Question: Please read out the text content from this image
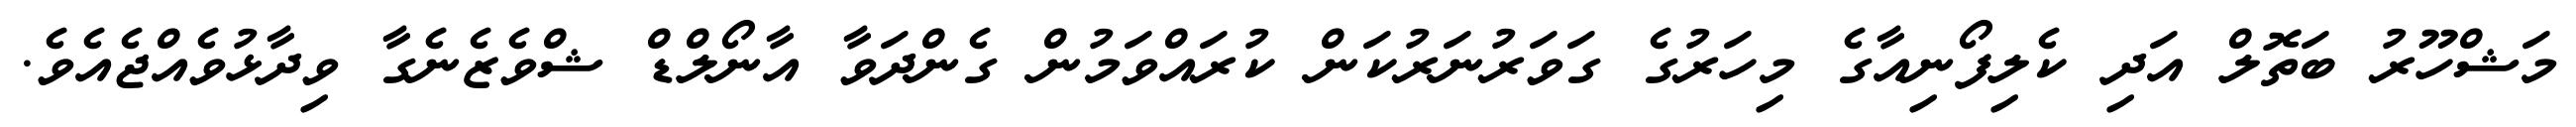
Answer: މަޝްހޫރު ބަތޮލް އަދި ކެލިފޯނިއާގެ މިހަރުގެ ގަވަރުނަރުކަން ކުރައްވަމުން ގެންދަވާ އާނޯލްޑް ޝްވެޒެނެގާ ވިދާޅުވެއްޖެއެވެ.